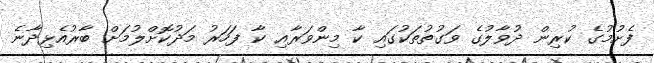
ފެށުމުގެ ކުރިން ދުވާލުގެ ވަގުތުތަކުގައި ކާ މިންވަރާއި ކާ ފަހަރު މަދުކޮށްލުމަށް ބާރުއެޅިދާނެ